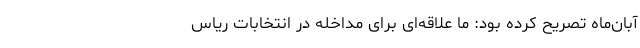
آبان‌ماه تصریح کرده بود: ما علاقه‌ای برای مداخله در انتخابات ریاس